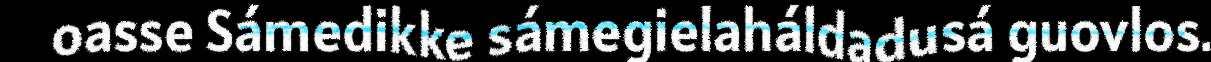
oasse Sámedikke sámegielaháldadusá guovlos.